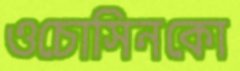
ওচোসিনকো